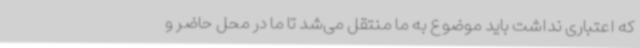
که اعتباری نداشت باید موضوع به ما منتقل می‌شد تا ما در محل حاضر و